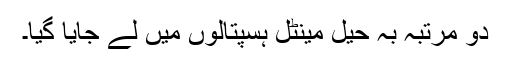
دو مرتبہ بہ حیل مینٹل ہسپتالوں میں لے جایا گیا۔